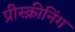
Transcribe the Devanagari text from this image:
प्रीस्क्रीनिंग